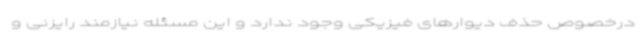
درخصوص حذف دیوارهای فیزیکی وجود ندارد و این مسئله نیازمند رایزنی و